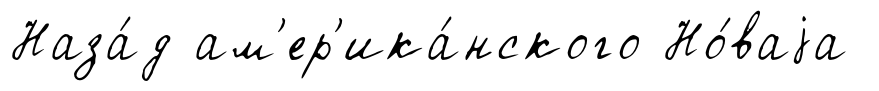
Наза́д ам'ер'ика́нского Но́ваjа